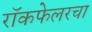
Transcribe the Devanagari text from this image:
रॉकफेलरचा